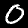
Label: 0